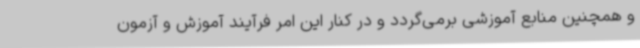
و همچنین منابع آموزشی برمی‌گردد و در کنار این امر فرآیند آموزش و آزمون